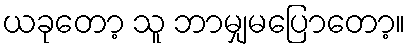
ယခုတော့ သူ ဘာမျှမပြောတော့။